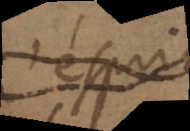
’espri